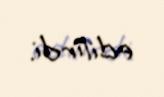
edilirdi.